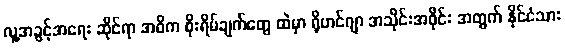
လူ့အခွင့်အရေး ဆိုင်ရာ အဓိက စိုးရိမ်ချက်တွေ ထဲမှာ ရိုဟင်ဂျာ အသိုင်းအဝိုင်း အတွက် နိုင်ငံသား